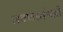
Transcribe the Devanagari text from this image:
लवणस्तंभही